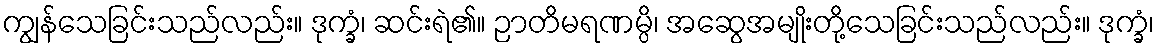
ကျွန်သေခြင်းသည်လည်း။ ဒုက္ခံ၊ ဆင်းရဲ၏။ ဉာတိမရဏမ္ပိ၊ အဆွေအမျိုးတို့သေခြင်းသည်လည်း။ ဒုက္ခံ၊